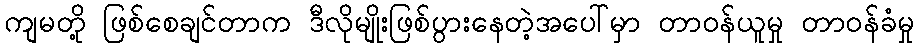
ကျမတို့ ဖြစ်စေချင်တာက ဒီလိုမျိုးဖြစ်ပွားနေတဲ့အပေါ်မှာ တာဝန်ယူမှု တာဝန်ခံမှု